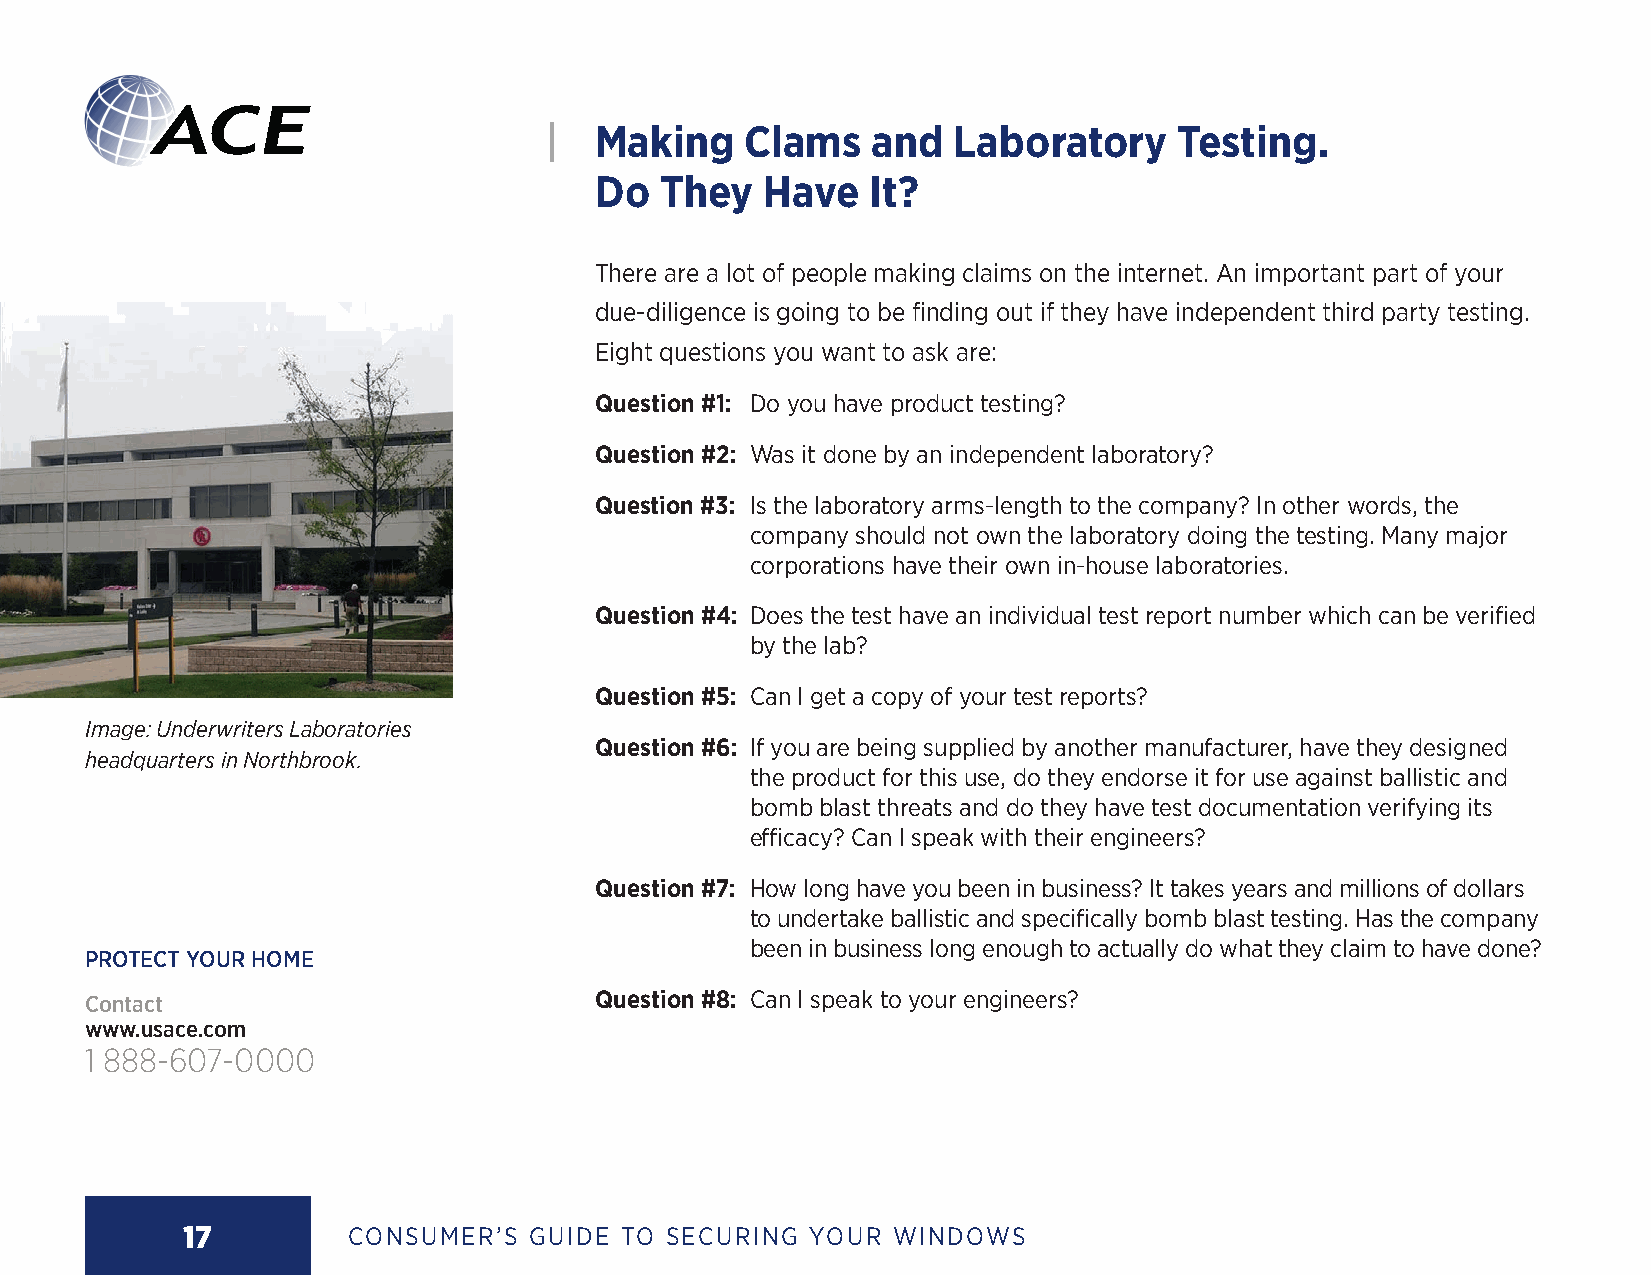
|  Making    Clams    and  Laboratory     Testing.
 Do   They   Have  It?
 There are a lot of people making claims on the internet. An important part of your
 due-diligence is going to be finding out if they have independent third party testing.
 Eight questions you want to ask are:
 Question #1: Do you have product testing?
 Question #2: Was it done by an independent laboratory?
 Question #3: Is the laboratory arms-length to the company? In other words, the
 company should not own the laboratory doing the testing. Many major
 corporations have their own in-house laboratories.
 Question #4: Does the test have an individual test report number which can be verified
 by the lab?
 Question #5: Can I get a copy of your test reports?
 Image: Underwriters Laboratories
 Question #6: If you are being supplied by another manufacturer, have they designed
 headquarters in Northbrook.
 the product for this use, do they endorse it for use against ballistic and
 bomb blast threats and do they have test documentation verifying its
 efficacy? Can I speak with their engineers?
 Question #7: How long have you been in business? It takes years and millions of dollars
 to undertake ballistic and specifically bomb blast testing. Has the company
 been in business long enough to actually do what they claim to have done?
 PROTECT YOUR HOME
 Contact                          Question #8: Can I speak to your engineers?
 www.usace.com
 1 888-607-0000
 17         CONSUMER’S  GUIDE TO SECURING YOUR  WINDOWS